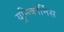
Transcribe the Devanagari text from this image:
यूनिकॉर्निस